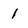
Character: 1